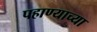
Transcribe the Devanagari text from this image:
पहाण्याच्या